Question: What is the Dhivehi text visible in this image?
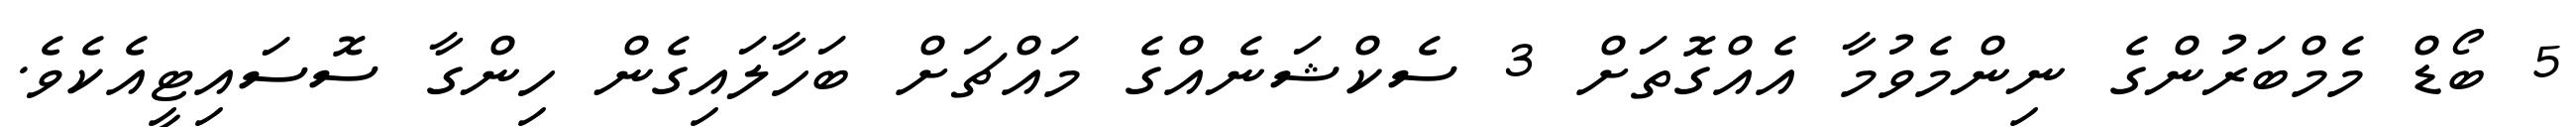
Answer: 5 ބޯޑް މެމްބަރުންގެ ނިންމެވުމާ އެއްގޮތަށް 3 ސެކްޝަނެއްގެ މައްޗަށް ބަހާލައިގެން ހިންގާ ސޮސައިޓީއެކެވެ.